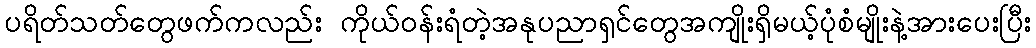
ပရိတ်သတ်တွေဖက်ကလည်း ကိုယ်ဝန်းရံတဲ့အနုပညာရှင်တွေအကျိုးရှိမယ့်ပုံစံမျိုးနဲ့အားပေးပြီး